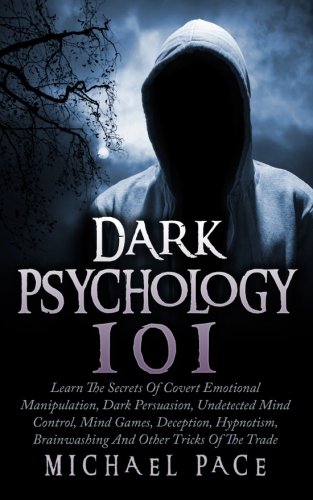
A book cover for Dark Psychology 101: Learn The Secrets Of Covert Emotional Manipulation, Dark Persuasion, Undetected Mind Control, Mind Games, Deception, Hypnotism, Brainwashing And Other Tricks Of The Trade; Michael Pace; Medical Books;